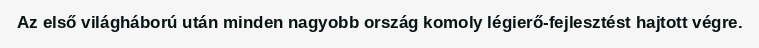
Az első világháború után minden nagyobb ország komoly légierő-fejlesztést hajtott végre.